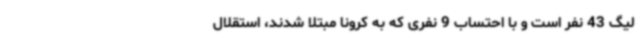
لیگ 43 نفر است و با احتساب 9 نفری که به کرونا مبتلا شدند، استقلال